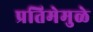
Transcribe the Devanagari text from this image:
प्रतिमेमुळे